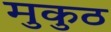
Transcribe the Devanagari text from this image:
मुकुठ